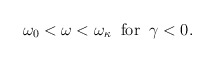
\begin{align*}\omega_0 < \omega < \omega_{\kappa} \;\; \rm{for} \;\; \gamma <0.\end{align*}